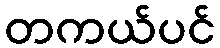
တကယ်ပင်